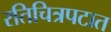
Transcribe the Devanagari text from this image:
रतिचित्रपटात